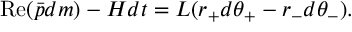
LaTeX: \mathrm { R e } ( \bar { p } d m ) - H d t = L ( r _ { + } d \theta _ { + } - r _ { - } d \theta _ { - } ) .